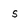
Character: s